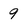
Character: 9